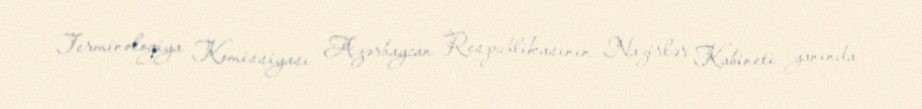
Terminologiya Komissiyası Azərbaycan Respublikasının Nazirlər Kabineti yanında